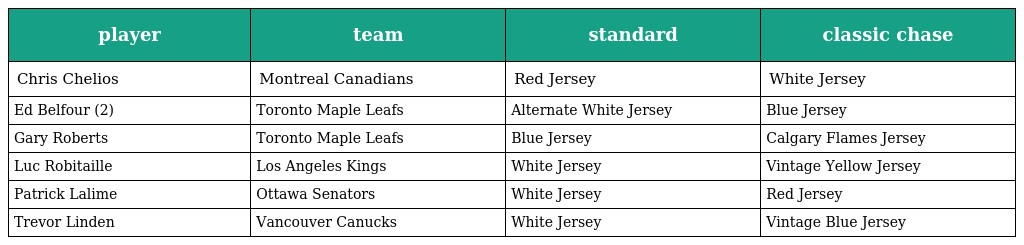
| player | team | standard | classic chase |
 | --- | --- | --- | --- |
 | Chris Chelios | Montreal Canadians | Red Jersey | White Jersey |
 | Ed Belfour (2) | Toronto Maple Leafs | Alternate White Jersey | Blue Jersey |
 | Gary Roberts | Toronto Maple Leafs | Blue Jersey | Calgary Flames Jersey |
 | Luc Robitaille | Los Angeles Kings | White Jersey | Vintage Yellow Jersey |
 | Patrick Lalime | Ottawa Senators | White Jersey | Red Jersey |
 | Trevor Linden | Vancouver Canucks | White Jersey | Vintage Blue Jersey |